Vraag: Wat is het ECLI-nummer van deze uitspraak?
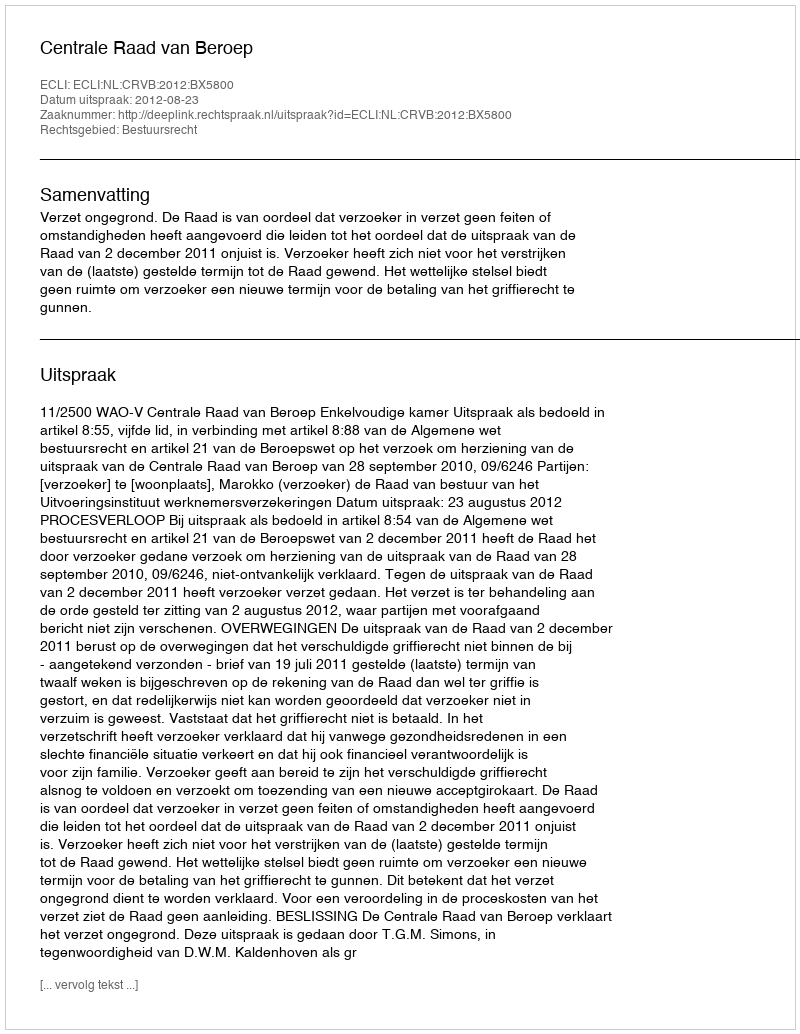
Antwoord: ECLI:NL:CRVB:2012:BX5800